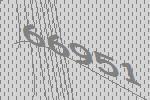
66951